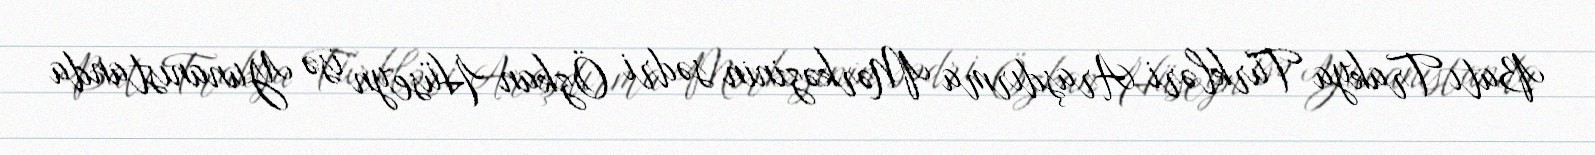
Batı Trakya Türkləri Araşdırma Mərkəzinin sədri Özkan Hüseyn isə Yunanıstanda